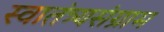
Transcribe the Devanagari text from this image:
स्वातंत्र्यसंग्राम